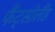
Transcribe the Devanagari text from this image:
फैंट्सीलैंड